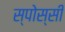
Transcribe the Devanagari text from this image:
स्पोस्सी